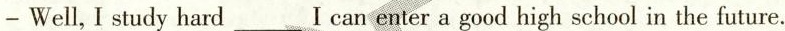
- Well, I study hard___I can enter a good high school in the future.